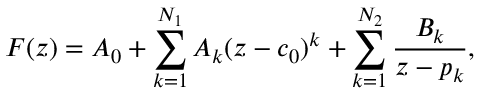
F ( z ) = A _ { 0 } + \sum _ { k = 1 } ^ { N _ { 1 } } A _ { k } ( z - c _ { 0 } ) ^ { k } + \sum _ { k = 1 } ^ { N _ { 2 } } \frac { B _ { k } } { z - p _ { k } } ,